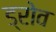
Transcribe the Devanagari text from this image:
ड्रोव